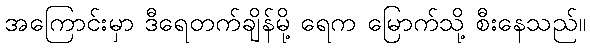
အကြောင်းမှာ ဒီရေတက်ချိန်မို့ ရေက မြောက်သို့ စီးနေသည်။